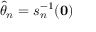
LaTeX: { \hat { \theta } } _ { n } = s _ { n } ^ { - 1 } ( \mathbf { 0 } )